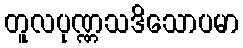
တူလပုဏ္ဏသဒိသောပမာ